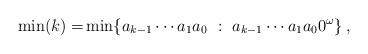
LaTeX: \begin{align*}\min(k)= & \min\{a_{k-1}\cdots a_1a_0\ :\ a_{k-1}\cdots a_1a_00^\omega\}\,,\end{align*}